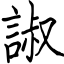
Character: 諔